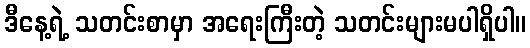
ဒီနေ့ရဲ့ သတင်းစာမှာ အရေးကြီးတဲ့ သတင်းများမပါရှိပါ။